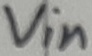
Text: RB2